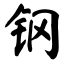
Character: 钢